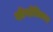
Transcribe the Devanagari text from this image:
शीर्षाधिकार